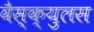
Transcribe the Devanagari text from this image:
वैस्क्युलस